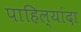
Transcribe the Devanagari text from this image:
पाहिल्यांदा